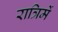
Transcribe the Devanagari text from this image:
रात्रिमें